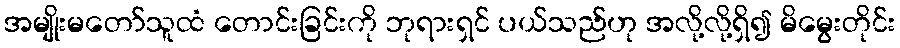
အမျိုးမတော်သူထံ တောင်းခြင်းကို ဘုရားရှင် ပယ်သည်ဟု အလို့လို့ရှိ၍ မိမွေးတိုင်း